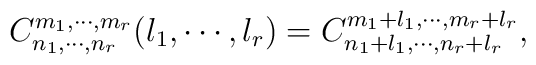
C_{n_1,\cdots,n_r}^{m_1,\cdots,m_r}(l_1,\cdots,l_r)=C_{n_1+l_1,\cdots,n_r+l_r}^{m_1+l_1,\cdots,m_r+l_r},